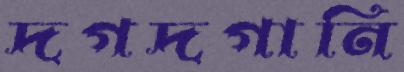
দগদগানি